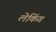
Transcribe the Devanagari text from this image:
लेकिंग